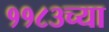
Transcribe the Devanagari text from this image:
११८३च्या